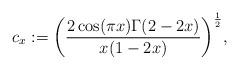
LaTeX: \begin{align*} c_x := {\bigg(\frac{2\cos(\pi x) \Gamma(2-2x)}{x(1-2x)} \bigg)}^{\frac{1}{2}},\end{align*}